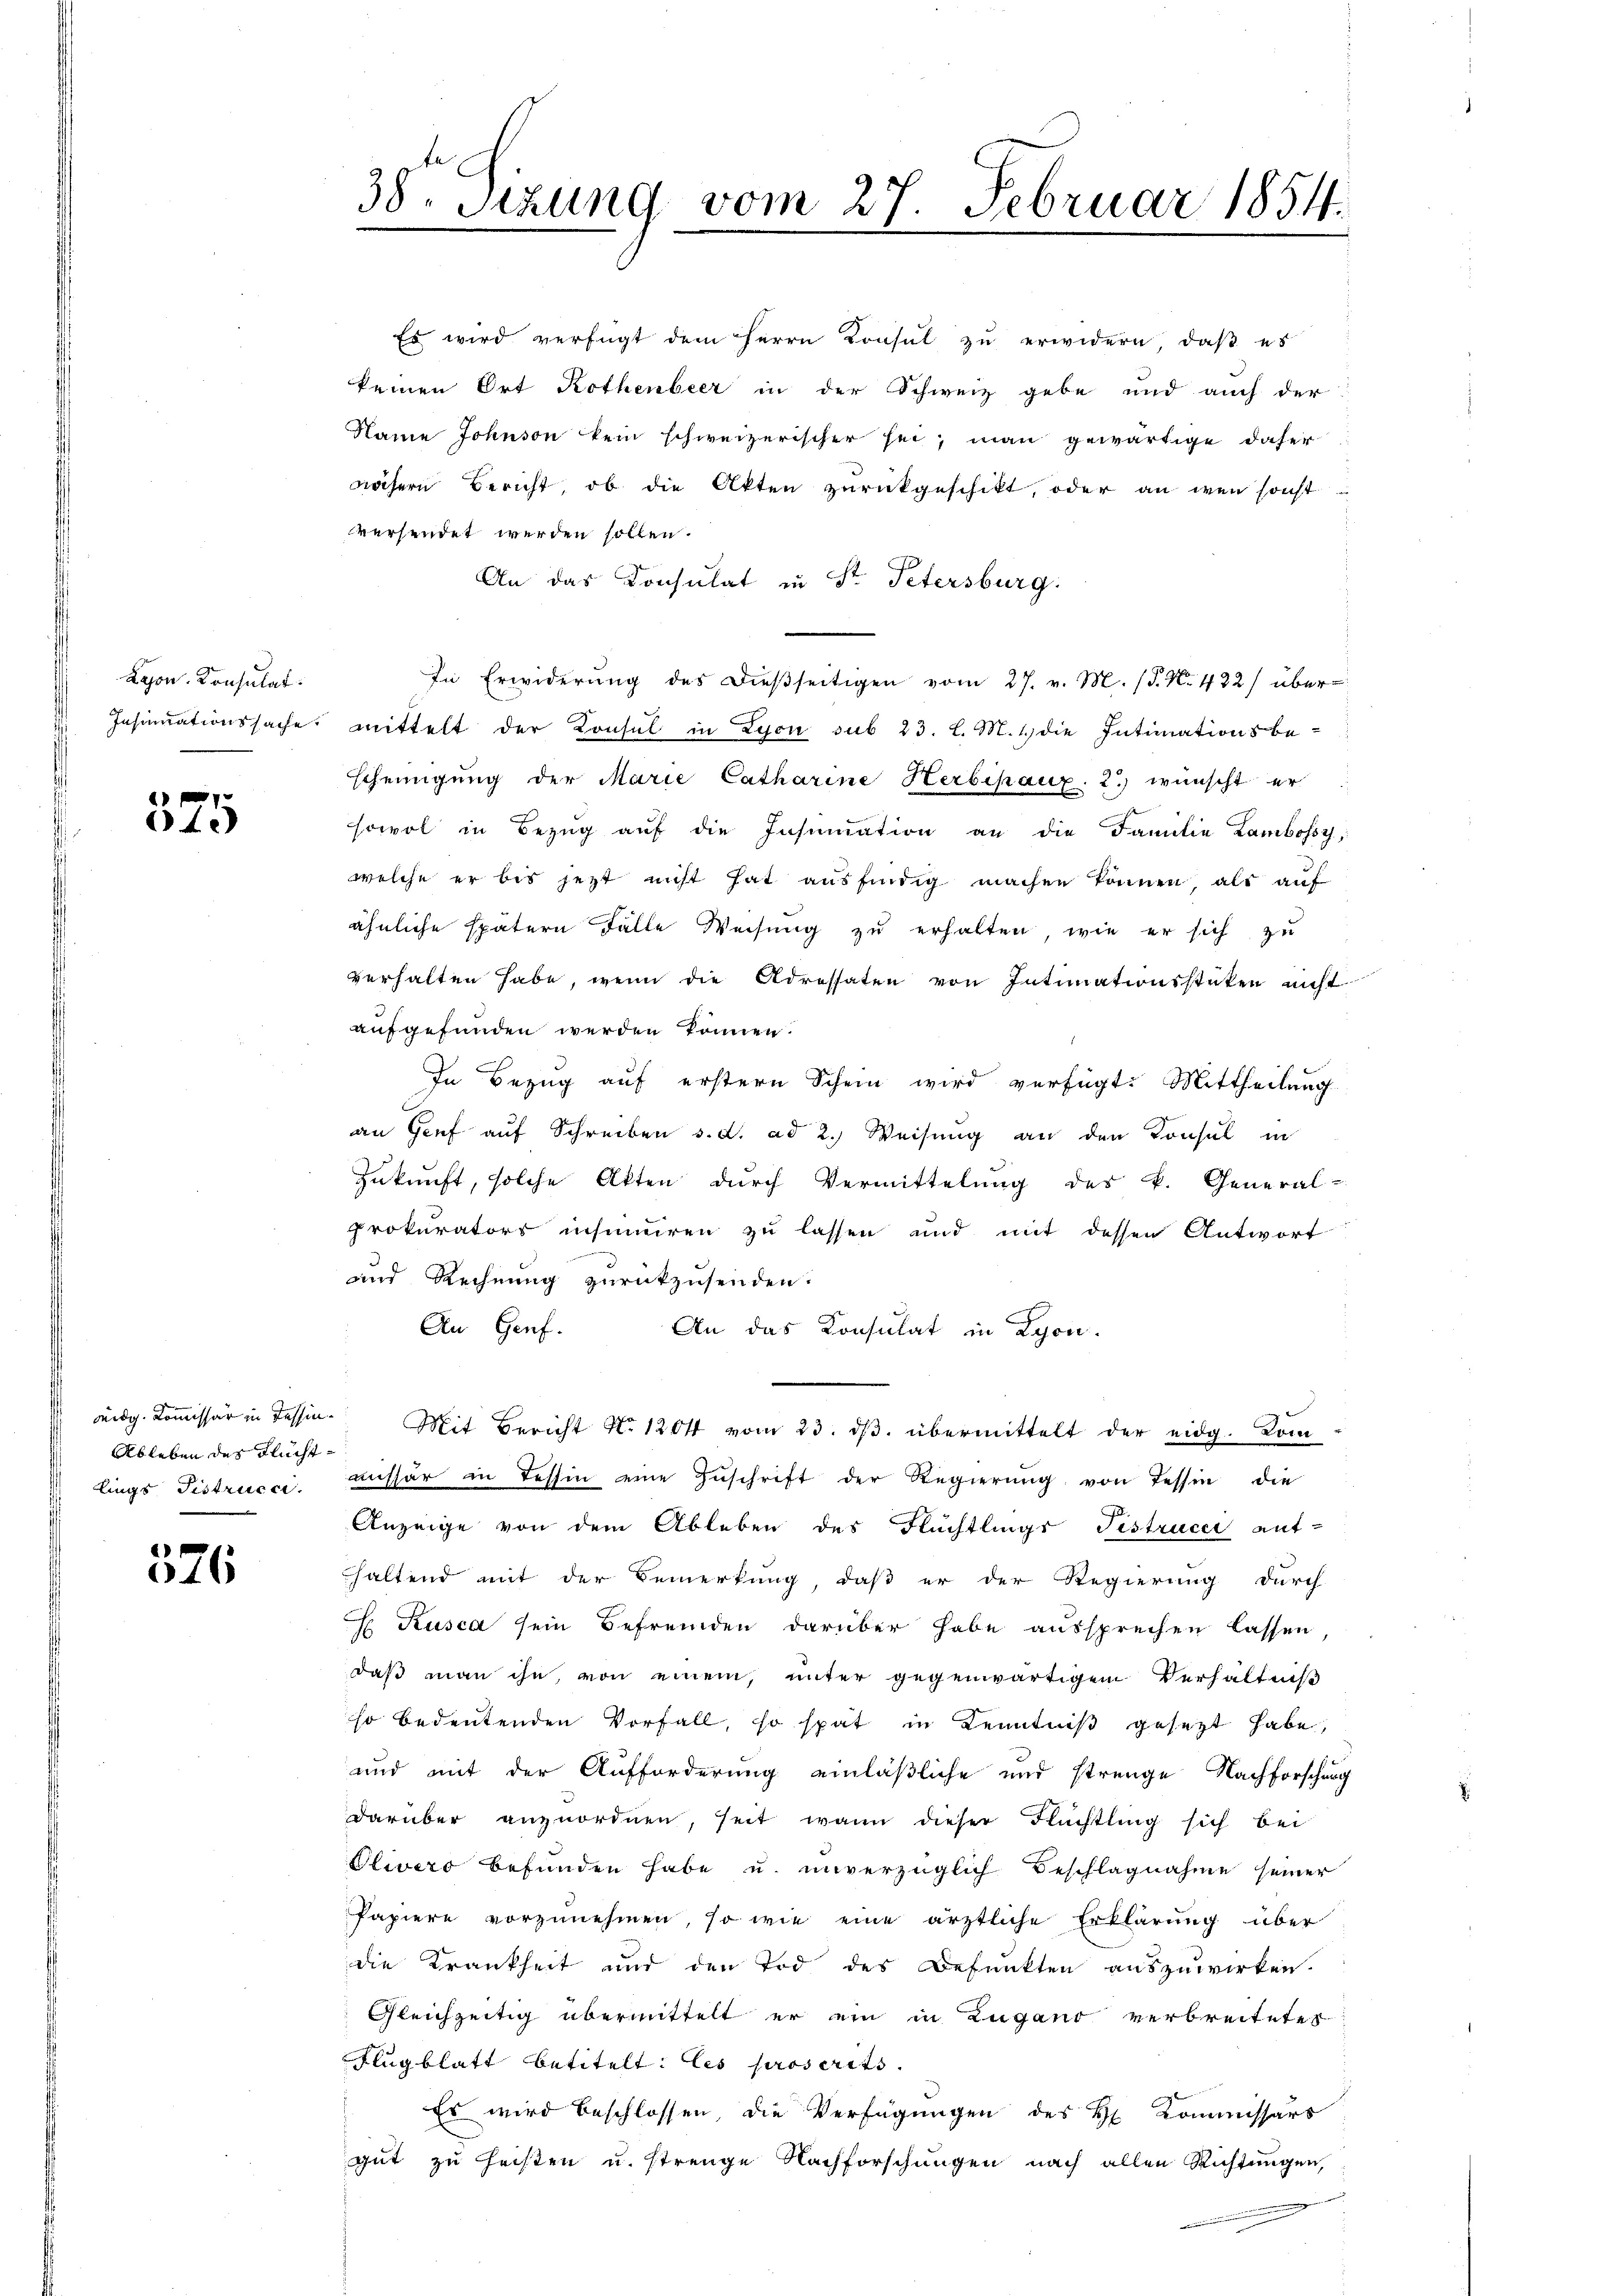
Lason. Konsulat

325

Es wird verfügt dem Herrn Konsul zu erwidern, daß es
keinen Ort Rothenbeer in der Schweiz gebe und auch der
Name Johnson kein schweizerischer sei, man gewärtige daher
nähern Bericht, ob die Akten zurückgeschikt, oder an wen sonst
versendet werden sollen.
An das Consulat in St. Petersburg.
In Erwiderŭng des dieβseitigen vom 27. v. M. (T. N. 432) über
Insinuationssache mittelt der Konsul in Lyon sub 23. l. M. 1. die Intimationsbe-
scheinigŭng der Marie Catharine Herbipaux. 2.) wünscht er
sowol in Bezŭg aŭf die Insumation an die Familie Lambosst;
welche er bis jetzt nicht hat ausfindig machen können, als auf
ähnliche spätern Fälle Weisung zu erhalten, wie er sich zu
verhalten habe, wenn die Adressaten von Intimationsstücken nicht
aufgefunden werden können.
In Bezug auf erstern Schein wird verfügt: Mittheilung
an Genf auf Schreiben s. d. ad 2.) Weisung an den Konsul in
Zukunft, solche Akten durch Vermittelung des k. General-
prokurators insimiren zu lassen und mit dessen Antwort
und Rechnung zurückzusenden.
An Genf.
An das Konsulat in Lyon
ridg. Kommissär in Tessin. Mit Bericht No. 1204 vom 23. dβ. übermittelt der eidg. Kom
aissar in Tessin eine Zŭschrift der Regierŭng von Tessin, die
Anzeige von dem Ableben des Flüchtlings Fistrucci auf-
haltend mit der Bemerkung, daß er der Regierung durch
E Kusca sein Befremden darüber habe aussprechen lassen,
daß man ihn, von einem, unter gegenwärtigem Verhältniß
so bedeutenden Vorfall, so spät in Kenntniß gesezt habe,
und mit der Aufforderung einläßliche und strenge Nachforschung
darüber anzuordnen, seit wann dieser Flüchtling sich bei
Olivers befunden habe u. unverzüglich Beschlagnahme seiner
Papiere vorzŭnehmen, so wie eine ärztliche Erklärung über
die Krankheit und den Tod des Befunkten auszuwirken.
Gleichzeitig übermittelt er ein in Zugano verbreitetes
Flugblatt betitelt: les proserits.
Es wird beschlossen, die Verfügungen des H. Kommissärs
gut zu heisten u. strenge Nachforschungen nach allen Richtungen,

Ableben des Fluchtlings Pistrucci.

646

38. Sitzung vom 27. Februar 1854.